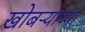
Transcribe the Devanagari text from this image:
खोबऱ्याच्या